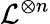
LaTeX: {\mathcal{L}}^{\otimes n}